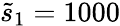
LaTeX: \tilde{s}_{1}=1000